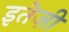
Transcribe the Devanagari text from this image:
इतेज़ी